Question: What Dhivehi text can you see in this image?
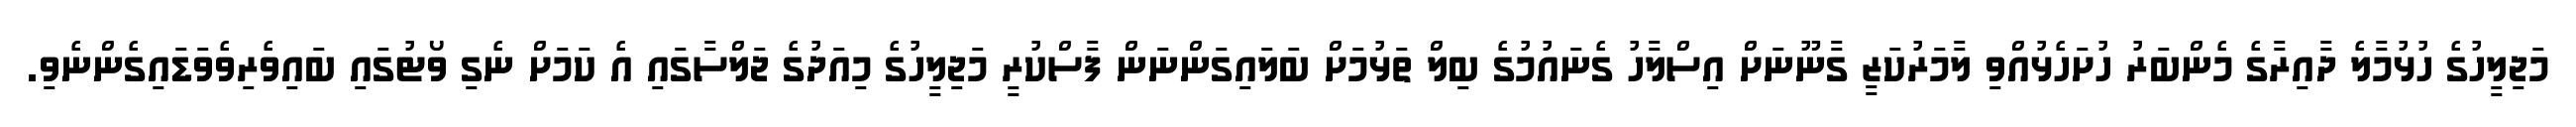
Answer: މަޖިލީހުގެ ހުޅުމާލެ ދާއިރާގެ މެންބަރު ހުށަހެޅުއްވި ލާމަރުކަޒީ ގާނޫނަށް އިސްލާހު ގެނައުމުގެ ބިލް ތަޅުމަށް ބަލައިގަންނަން ފާސްކުރީ މަޖިލީހުގެ މިއަދުގެ ޖަލްސާގައި އެ ކަމަށް ނެގި ވޯޓުގައި ބައިވެރިވެވަޑައިގެންނެވި.